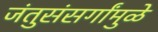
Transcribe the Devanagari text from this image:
जंतुसंसर्गांमुळे